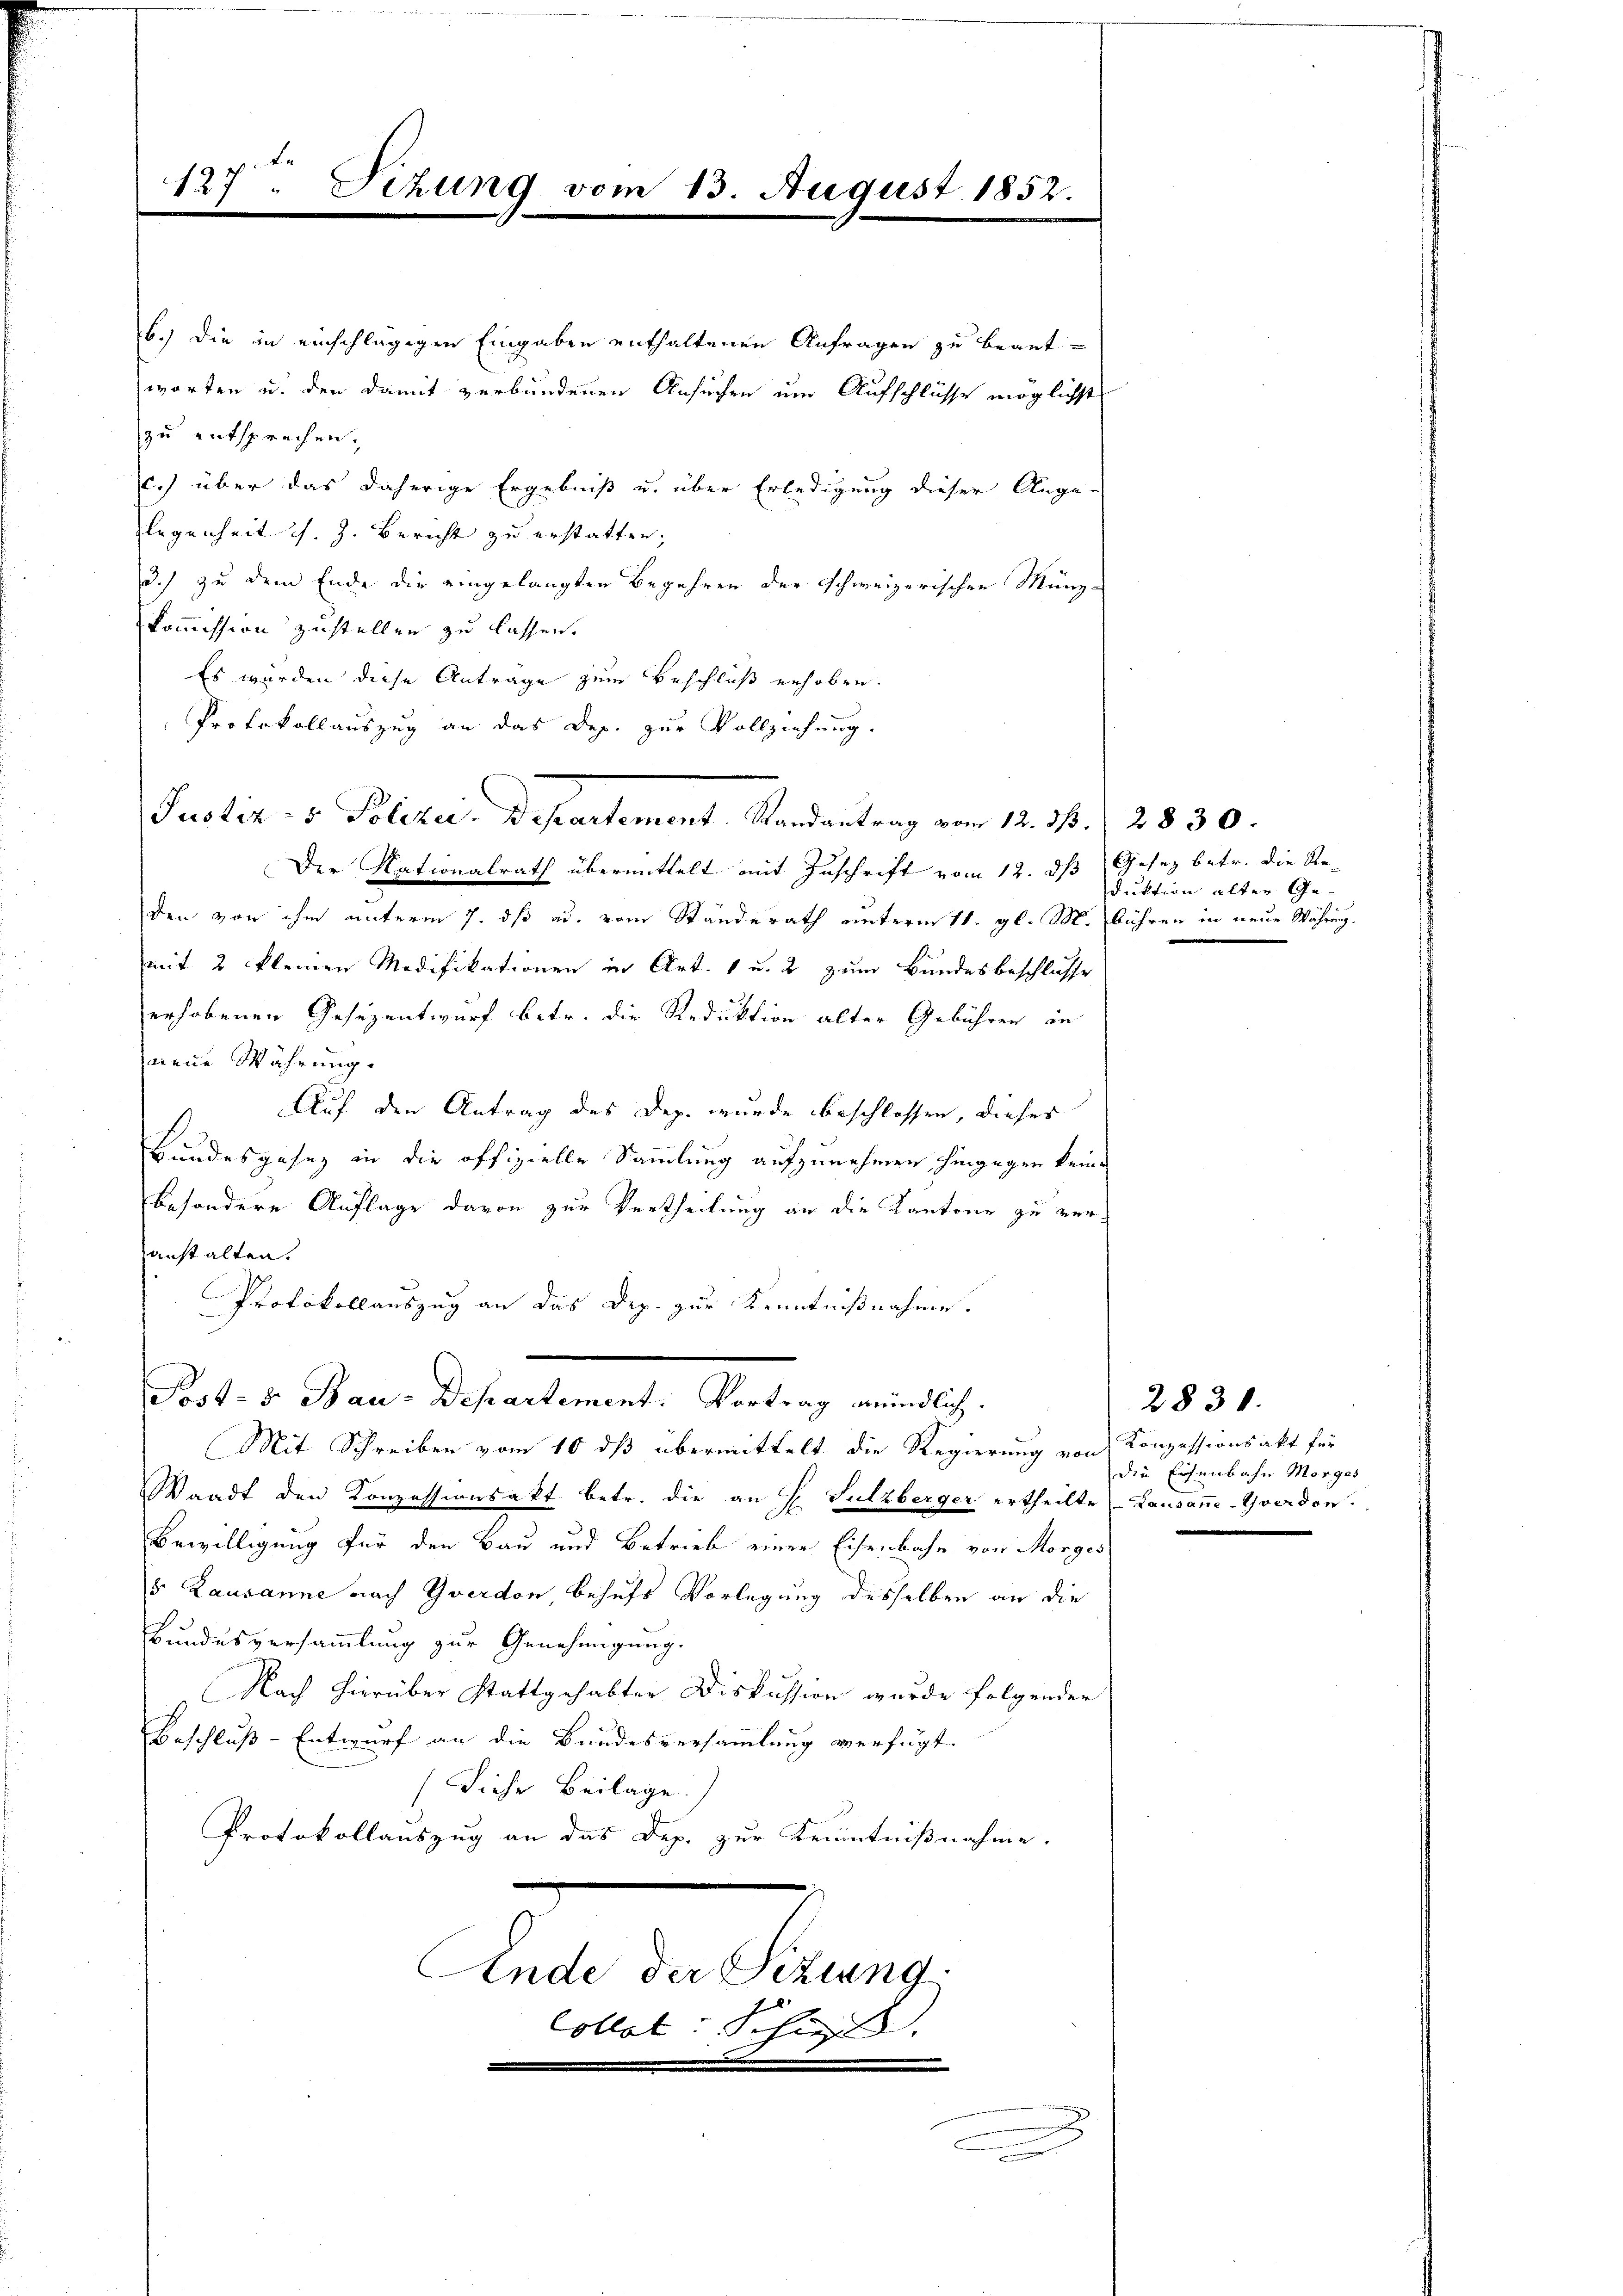
z Le
127. Fehung vom 13. August 1852.

Justiz- & Polizei-Departement. Randantrag vom 12. d. 2830.

b.) die in einschlägigen Eingaben enthaltenen Anfragen zu beantworten u. den damit verbundenen Ansuchen um Aufschlüsse möglichst
zu entsprechen.
c.) über das daherige Ergebniß u. über Erledigung dieser Ange-
legenheit s. Z. Bericht zu erstatten,
3.) zu dem Ende die eingelangten Begehren der Schweizerischen Münz-
kommission zustellen zu lassen.
Es wurden diese Antrage zum Beschluß erhoben.
Protokollauszug an das Dep. zur Vollziehung.
Der Nationalrath übermittelt mit Zuschrift vom 12. ds Gesez betr. die Reden von ihm unterm 7. dß ad. vom Standerath unterm 11. gl. M. bühren in neue Währen.
mit 2 kleinen Modifikationen in Art. 1 u. 2 zum Bundesbeschlusse
erhobenen Gesezentwurf betr. die Reduktion alter Gebühren in
neue Währung.
Auf den Antrag des Dep. wurde beschlossen, dieses
Bundesgesez in die offizielle Sammlung aufzunehmen hingegen keine
besondere Auflage davon zur Vertheilung an die Kantone zu veranstalten.
Protokollauszug an das Dep. zur Kenntnißnahme.
Post- u Bau-Departement: Vortrag mündlich.
Mit Schreiben vom 10 dß übermittelt die Regierung von
Waadt den Konzessionsakt betr. die an H. Sulzberger ertheilte Lausane-Yverden.
Bewilligung für den Bau und Betrieb einer Eisenbahn von Morges
5. Lausanne nach Zverdon behufs Vorlegung desselben an die
Bundesversammlung zur Genehmigung.
Nach hierüber Stattgehabter Diskussion wurde folgender
Beschluß-Entwurf an die Bundesversammlung verfügt:
Diese Beilage.
Protokollauszug an das Dep. zur Kenntnißnahme.
Ende der Sitzung.
Collet: Schie

duktion alter Ge¬

Konzessionsakt für
die Eisenbahn Morges

2831.